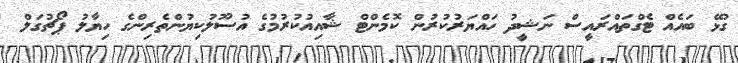
ގުޅޭ ބައެއް ޓެގްތައްރައީސް ނަޝީދު ހައްޔަރުކުރުން ކޮމެންޓް ޝާއިއުކުރުމުގެ އުސޫލުކިޔުންތެރިންގެ ހިޔާލު ޕޯޗުގަލް